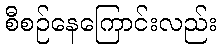
စီစဉ်နေကြောင်းလည်း